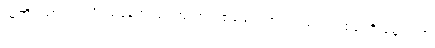
သူတို့ရထားက သိပ်မမြန်ဘူးဗျ၊ ဘူတာတစ်ခါရောက်ရင် ထင်းတစ်ခါထိုးနေ ရတာ